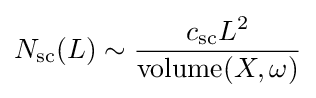
N_{\mathrm {sc} }(L)\sim {\frac {c_{\mathrm {sc} }L^{2}}{\operatorname {volume} (X,\omega )}}